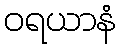
ဝရယာနံ